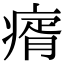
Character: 𤸀